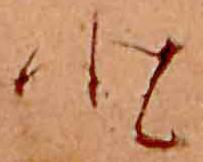
と